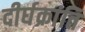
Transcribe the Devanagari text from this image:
दीर्घक्रांति